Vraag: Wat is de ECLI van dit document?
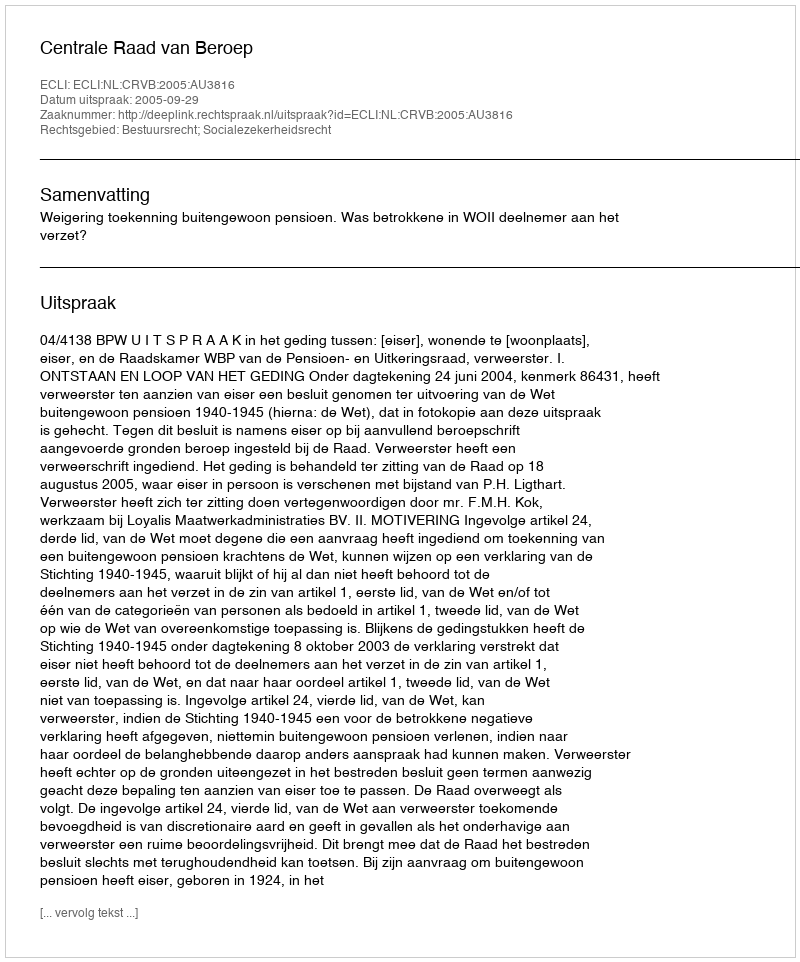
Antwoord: ECLI:NL:CRVB:2005:AU3816